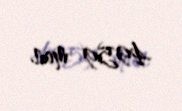
4959 man.